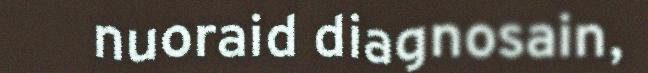
nuoraid diagnosain,